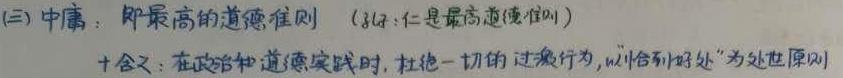
(三) 中庸：即最高的道德准则（注：仁是最高道德准则）
+含义：在政治和道德实践时，杜绝一切的过激行为，以“恰到好处”为处世原则